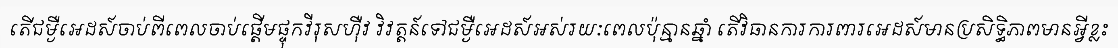
តើជម្ងឺអេដស៍ចាប់ពីពេលចាប់ផ្តើមផ្ទុកវីរុសហ៊ឺវ វិវត្តន៍ទៅជម្ងឺអេដស៍អស់រយៈពេលប៉ុន្មានឆ្នាំ តើវិធានការការពារអេដស៍មានប្រសិទ្ធិភាពមានអ្វីខ្លះ